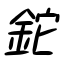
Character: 鉈